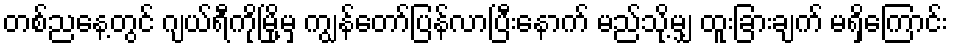
တစ်ညနေ့တွင် ဂျယ်ရီကိုမြို့မှ ကျွန်တော်ပြန်လာပြီးနောက် မည်သို့မျှ ထူးခြားချက် မရှိကြောင်း